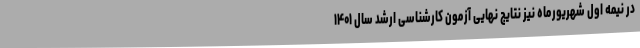
در نیمه اول شهریورماه نیز نتایج نهایی آزمون کارشناسی ارشد سال ۱۴۰۱